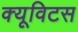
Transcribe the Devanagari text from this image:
क्यूविटस